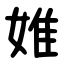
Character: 婎